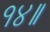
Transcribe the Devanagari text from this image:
१४॥